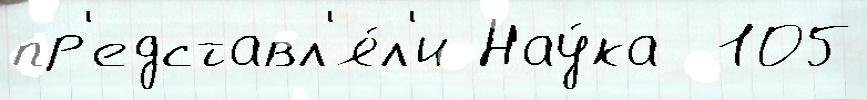
пр'едставл'я́л'и Нау́ка  105